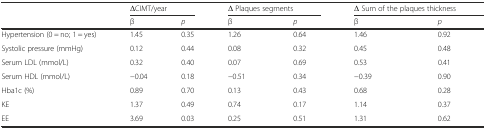
|  | <COLSPAN=2> ΔCIMT/year | <COLSPAN=2> Δ Plaques segments | <COLSPAN=2> Δ Sum of the plaques thickness |
 |  | β | p | β | p | β | p |
 | --- | --- | --- | --- | --- | --- | --- |
 | Hypertension (0 = no; 1 = yes) | 1.45 | 0.35 | 1.26 | 0.64 | 1.46 | 0.92 |
 | Systolic pressure (mmHg) | 0.12 | 0.44 | 0.08 | 0.32 | 0.45 | 0.48 |
 | Serum LDL (mmol/L) | 0.32 | 0.40 | 0.07 | 0.69 | 0.53 | 0.41 |
 | Serum HDL (mmol/L) | −0.04 | 0.18 | −0.51 | 0.34 | −0.39 | 0.90 |
 | Hba1c (%) | 0.89 | 0.70 | 0.13 | 0.43 | 0.68 | 0.28 |
 | KE | 1.37 | 0.49 | 0.74 | 0.17 | 1.14 | 0.37 |
 | EE | 3.69 | 0.03 | 0.25 | 0.51 | 1.31 | 0.62 |